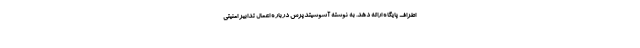
اطراف پایگاه ارائه دهد. به نوشته آسوشیتدپرس درباره اعمال تدابیر امنیتی